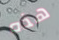
هذه